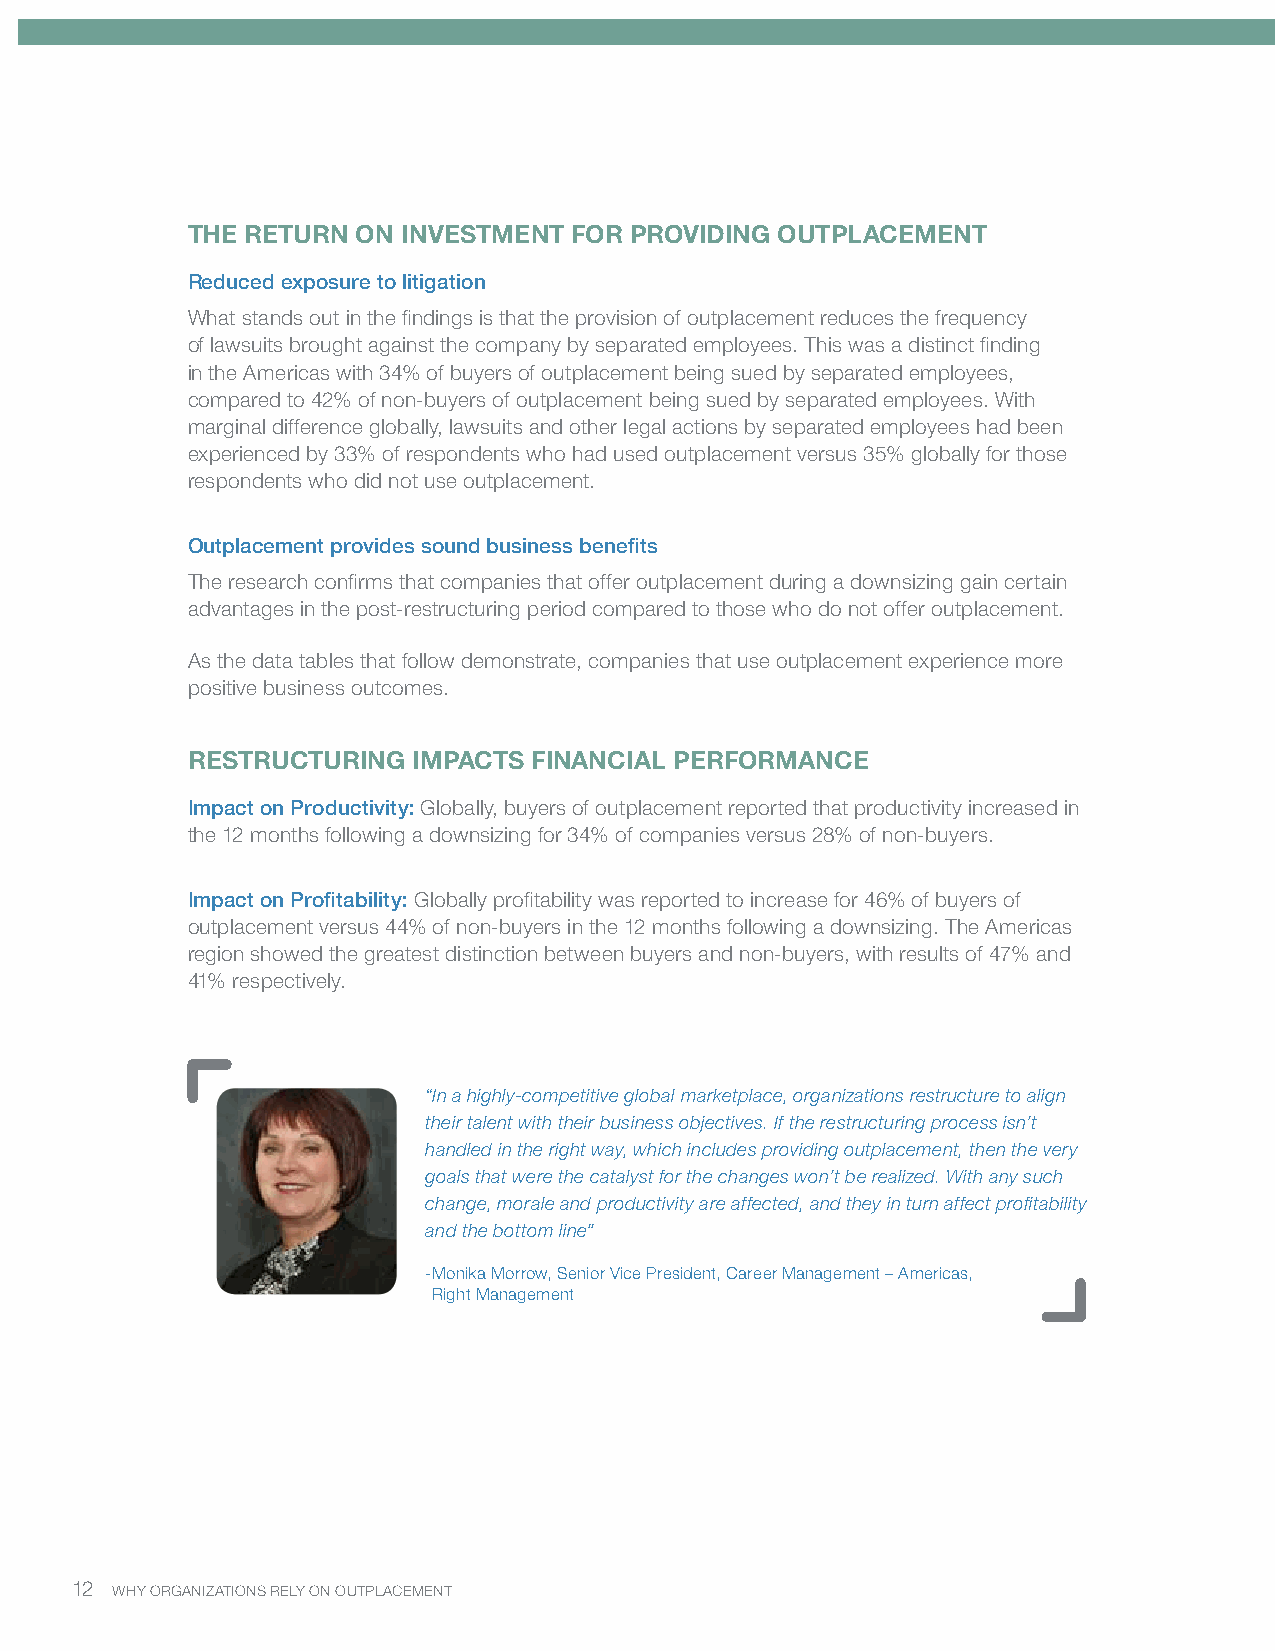
THE RETURN  ON INVESTMENT FOR PROVIDING OUTPLACEMENT
 Reduced exposure to litigation
 What stands out in the findings is that the provision of outplacement reduces the frequency
 of lawsuits brought against the company by separated employees. This was a distinct finding
 in the Americas with 34% of buyers of outplacement being sued by separated employees,
 compared to 42% of non-buyers of outplacement being sued by separated employees. With
 marginal difference globally, lawsuits and other legal actions by separated employees had been
 experienced by 33% of respondents who had used outplacement versus 35% globally for those
 respondents who did not use outplacement.
 Outplacement provides sound business benefits
 The research confirms that companies that offer outplacement during a downsizing gain certain
 advantages in the post-restructuring period compared to those who do not offer outplacement.
 As the data tables that follow demonstrate, companies that use outplacement experience more
 positive business outcomes.
 RESTRUCTURING  IMPACTS FINANCIAL PERFORMANCE
 Impact on Productivity: Globally, buyers of outplacement reported that productivity increased in
 the 12 months following a downsizing for 34% of companies versus 28% of non-buyers.
 Impact on Profitability: Globally profitability was reported to increase for 46% of buyers of
 outplacement versus 44% of non-buyers in the 12 months following a downsizing. The Americas
 region showed the greatest distinction between buyers and non-buyers, with results of 47% and
 41% respectively.
 “In a highly-competitive global marketplace, organizations restructure to align
 their talent with their business objectives. If the restructuring process isn’t
 handled in the right way, which includes providing outplacement, then the very
 goals that were the catalyst for the changes won’t be realized. With any such
 change, morale and productivity are affected, and they in turn affect profitability
 and the bottom line”
 - Monika Morrow, Senior Vice President, Career Management – Americas,
 Right Management
 12 WHY ORGANIZATIONS RELY ON OUTPLACEMENT